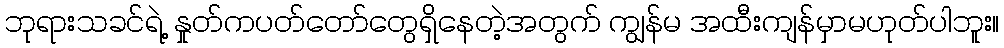
ဘုရားသခင်ရဲ့ နှုတ်ကပတ်တော်တွေရှိနေတဲ့အတွက် ကျွန်မ အထီးကျန်မှာမဟုတ်ပါဘူး။